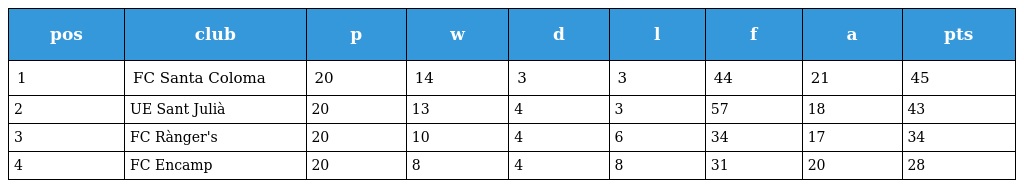
| pos | club | p | w | d | l | f | a | pts |
 | --- | --- | --- | --- | --- | --- | --- | --- | --- |
 | 1 | FC Santa Coloma | 20 | 14 | 3 | 3 | 44 | 21 | 45 |
 | 2 | UE Sant Julià | 20 | 13 | 4 | 3 | 57 | 18 | 43 |
 | 3 | FC Rànger's | 20 | 10 | 4 | 6 | 34 | 17 | 34 |
 | 4 | FC Encamp | 20 | 8 | 4 | 8 | 31 | 20 | 28 |